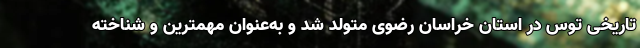
تاریخی توس در استان خراسان رضوی متولد شد و به‌عنوان مهمترین و شناخته